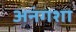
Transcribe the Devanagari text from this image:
अनंगशा